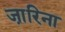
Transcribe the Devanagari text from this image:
जा़रिना